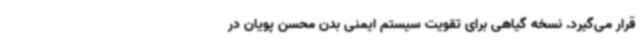
قرار می‌گیرد. نسخه گیاهی برای تقویت‌ سیستم ایمنی بدن محسن پویان در